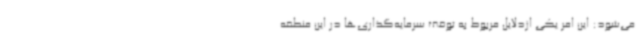
می‌شود: این امر یکی ازدلایل مربوط به توقف سرمایه‌گذاری‌ها در این منطقه